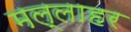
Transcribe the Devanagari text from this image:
मल्लाहर